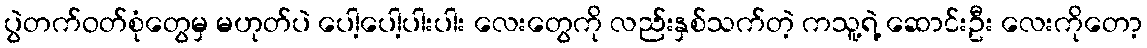
ပွဲတက်ဝတ်စုံတွေမှ မဟုတ်ပဲ ပေါ့ပေါ့ပါးပါး လေးတွေကို လည်းနှစ်သက်တဲ့ ကသူ့ရဲ့ ဆောင်းဦး လေးကိုတော့